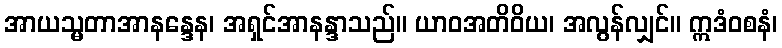
အာယသ္မတာအာနန္ဒေန၊ အရှင်အာနန္ဒာသည်။ ယာဝအတိဝိယ၊ အလွန်လျှင်။ ဣဒံဝစနံ၊